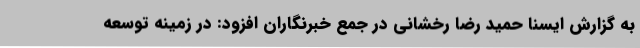
به گزارش ایسنا حمید رضا رخشانی در جمع خبرنگاران افزود: در زمینه توسعه